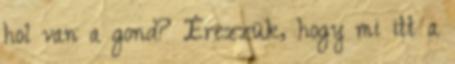
hol van a gond? Érezzük, hogy mi itt a